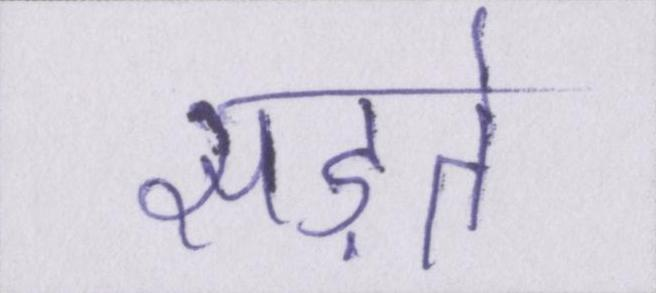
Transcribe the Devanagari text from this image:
सड़ते